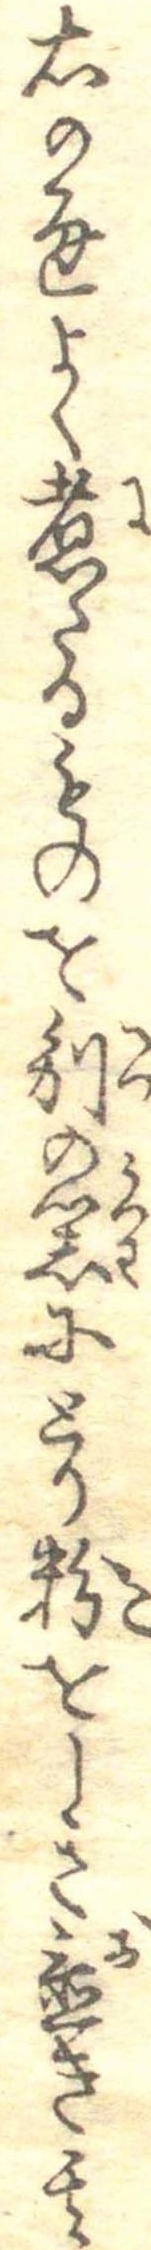
右の通よく煮たるものを別の器にとり粉をしき置き其